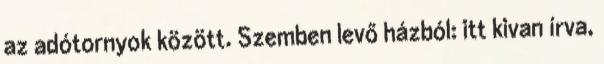
az adótornyok között. Szemben levő házból: itt kivan írva,